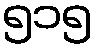
၅၁၅